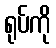
ရုပ်ကို